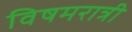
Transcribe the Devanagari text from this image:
विषमरात्री